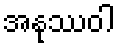
အနုဿဝါ